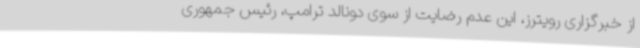
از خبرگزاری رویترز، این عدم رضایت از سوی دونالد ترامپ، رئیس جمهوری